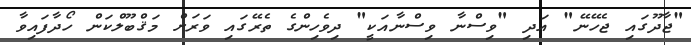
"ޖާދޫގައި ޖެހޭނޭ" އަދި "ވިސްނާ ވިސްނާއަކީ" ދިވެހިންގެ ތެރޭގައި ވަރަށް މަޤްބޫލްކަން ހޯދާފައިވާ